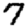
Digit: 7